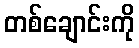
တစ်ချောင်းကို